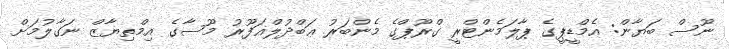
ނޫސް ބަޔާން: އެމްޑީޕީގެ ޕާލަމެންޓްރީ ގްރޫޕްގެ މެންބަރު ޢަބްދުލްޣަފޫރު މޫސާގެ އިމްތިޔާޒް ނަގާލުމަށް